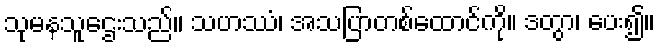
သုမနသူဌေးသည်။ သဟဿံ၊ အသပြာတစ်ထောင်ကို။ ဒတွာ၊ ပေး၍။